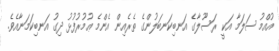
އުއްމު ސަލަމާ އަކީ ރަސޫލާގެ އަނބިކަނބަލުންގެ ތެރެއިން އެންމެ ޢުމުރުފުޅު ދިގު އަނބިކަމަނާއެވެ.